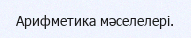
Арифметика мәселелері.